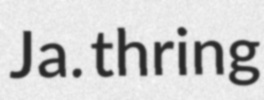
Ja. thring